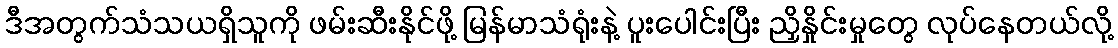
ဒီအတွက်သံသယရှိသူကို ဖမ်းဆီးနိုင်ဖို့ မြန်မာသံရုံးနဲ့ ပူးပေါင်းပြီး ညှိနှိုင်းမှုတွေ လုပ်နေတယ်လို့